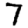
Digit: 7